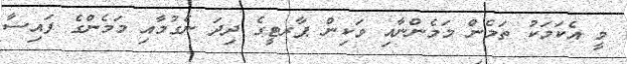
މީ އެކަމަކު ތަމެން މަމެންނާއި ވަކިން ޕާރޓީގެ ދިދަ ނެގުމާއި މަމެންގެ ފައިސާ